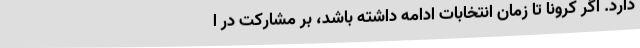
دارد. اگر کرونا تا زمان انتخابات ادامه داشته باشد، بر مشارکت در ا